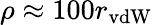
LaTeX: \rho\approx 100r_{\mathrm{vdW}}